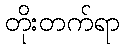
တိုးတက်ရာ